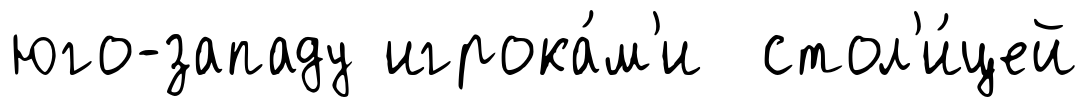
юго-западу игрока́м'и стол'и́цей